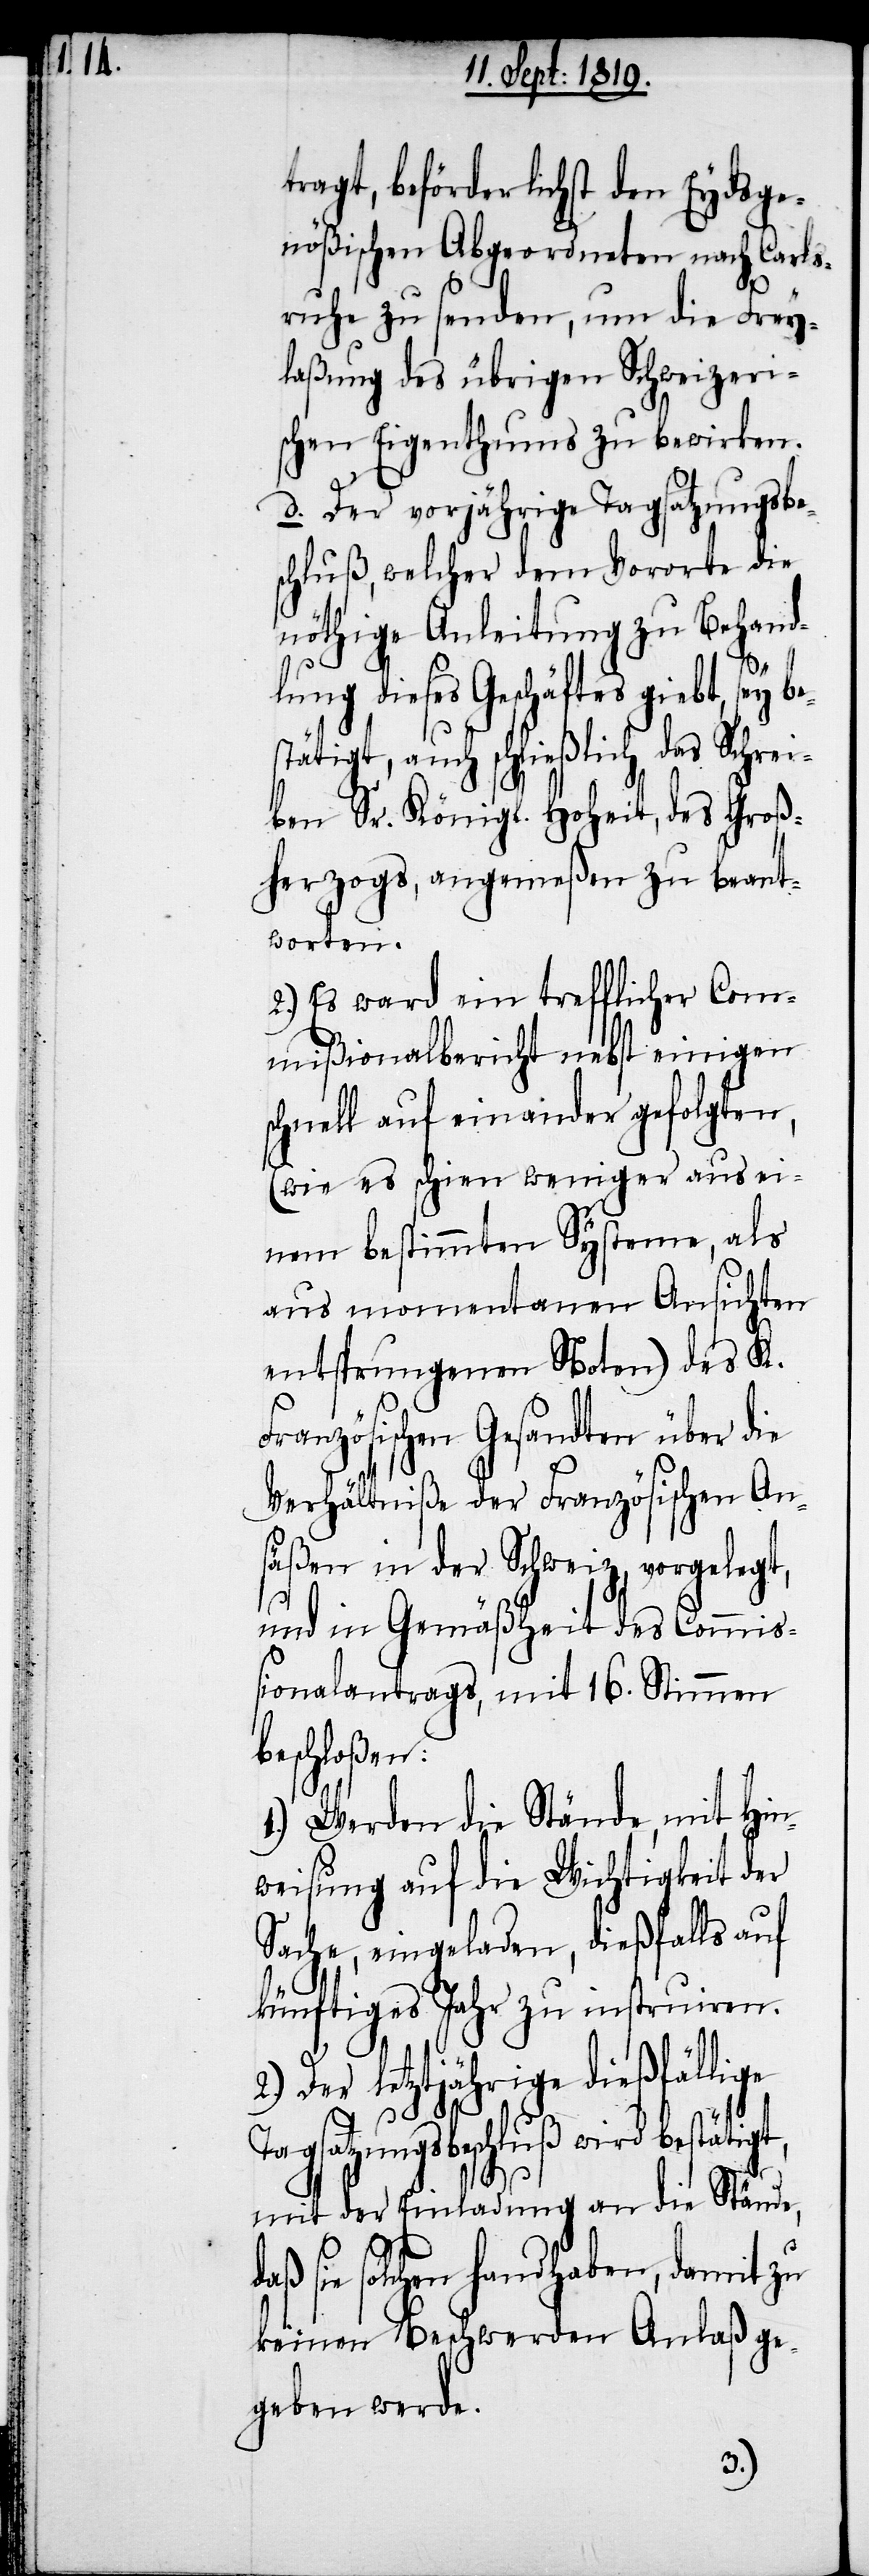
tragt, beförderlichst den Eydsge¬
nößischen Abgeordneten nach Carls¬
ruhe zu senden, um die Frey¬
laßung des übrigen Schweizeri¬
schen Eigenthums zu bewirken.
d. Der vorjährige Tagsatzungsbe¬
schluß, welcher dem Vororte die
nöthige Anleitung zu Behand¬
t,
lung dieses Geschäftes gieb¬
stätigt, auch schließlich das Schrei¬
ben Sr. Königl. Hoheit, des Groß¬
herzogs, angemeßen zu beant¬
worten.
2.) Es ward ein trefflicher Com¬
mißionalbericht nebst einigen
schnell aufeinander gefolgten,
(wie es schien weniger aus ei¬
nem bestimmten Systeme, als
aus momentanen Ansichten
entsprungenen Noten) des K.
ranzösischen Gesandten über die
Verhältniße der Französischen An¬
säßen in der Schweiz vorgelegt,
und in Gemäßheit des Commiß¬
ionalantrags, mit 16. Stimmen
eschloßen:
1.) Werden die Stände, mit Hin¬
weisung auf die Wichtigkeit der
Sache, eingeladen, dießfalls auf
künftiges Jahr zu instruiren.
2.) Der lelztjährige dießfällige
T¬
agsatzungsbeschluß wird bestätig¬
mit der Einladung an die Stände,
sie solchen handhaben, damit zu
keinen Beschwerden Anlaß ge¬
geben werde.